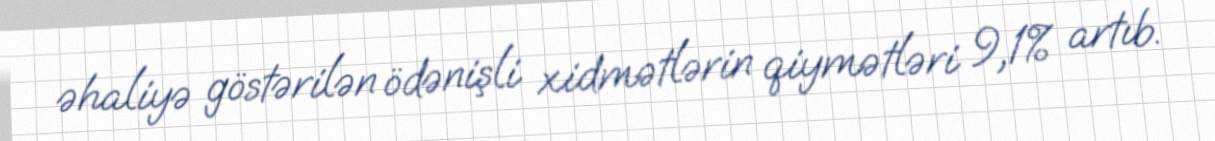
əhaliyə göstərilən ödənişli xidmətlərin qiymətləri 9,1% artıb.